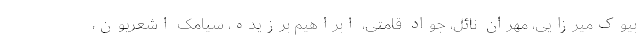
بیوک‌میرزایی، مهران نائل، جواد قامتی، ابراهیم برزیده، سیامک اشعریون،